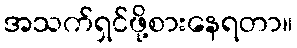
အသက်ရှင်ဖို့စားနေရတာ။